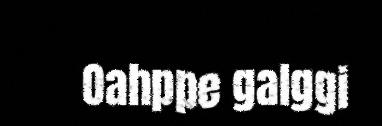
Oahppe galggi